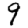
Digit: 9